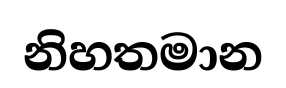
නිහතමාන